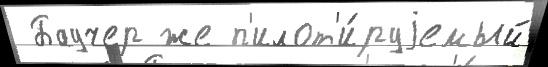
 Баучер же п'илот'и́руjемый